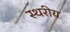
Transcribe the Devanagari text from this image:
स्थरीय